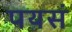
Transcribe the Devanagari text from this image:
पयसं